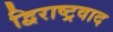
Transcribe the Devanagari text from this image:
द्विराष्ट्रवाद